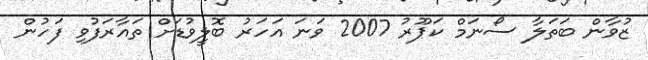
ޒުވާން ބަތަލާ ސޯނަމް ކަޕޫރު 2007 ވަނަ އަހަރު ބޮލީވުޑަށް ތައާރަފުވި ފަހުން